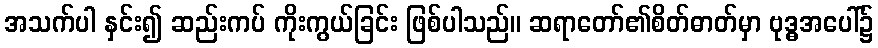
အသက်ပါ နှင်း၍ ဆည်းကပ် ကိုးကွယ်ခြင်း ဖြစ်ပါသည်။ ဆရာတော်၏စိတ်ဓာတ်မှာ ဗုဒ္ဓအပေါ်၌